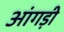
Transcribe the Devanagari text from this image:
आंगड़ी